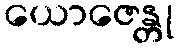
ယောဇေန္တု